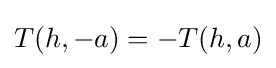
T(h,-a)=-T(h,a)